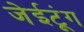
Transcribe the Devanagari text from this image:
जेईटूंग